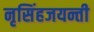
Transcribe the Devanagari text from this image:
नृसिंहजयन्ती